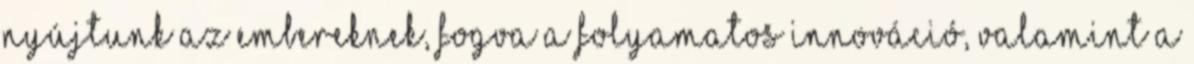
nyújtunk az embereknek, fogva a folyamatos innováció, valamint a